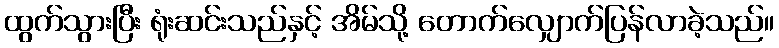
ထွက်သွားပြီး ရုံးဆင်းသည်နှင့် အိမ်သို့ တောက်လျှောက်ပြန်လာခဲ့သည်။